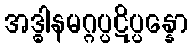
အဒ္ဓါနမဂ္ဂပ္ပဋိပ္ပန္နော